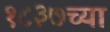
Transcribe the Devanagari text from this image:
१८३७च्या